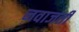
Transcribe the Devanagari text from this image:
नवाजती